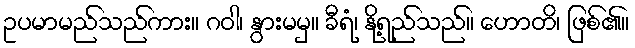
ဥပမာမည်သည်ကား။ ဂဝါ၊ နွားမမှ။ ခီရံ၊ နို့ရည်သည်။ ဟောတိ၊ ဖြစ်၏။